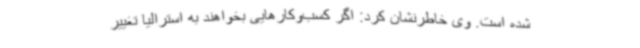
شده است. وی خاطرنشان کرد: اگر کسب‌وکارهایی بخواهند به استرالیا تغییر